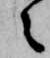
々